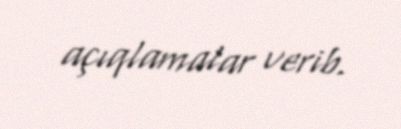
açıqlamalar verib.